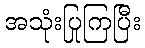
အသုံးပြုကြပြီး